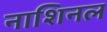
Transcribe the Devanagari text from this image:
नाशिनल